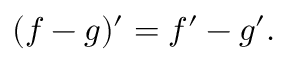
( f - g ) ^ { \prime } = f ^ { \prime } - g ^ { \prime } .